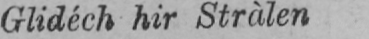
Glidéch hir Stràlen